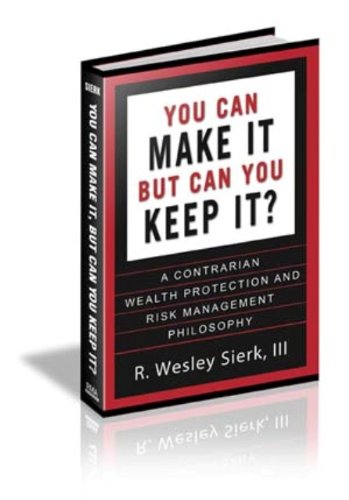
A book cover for You Can Make It, But Can You Keep It?; R Wesley Sierk III; Business & Money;